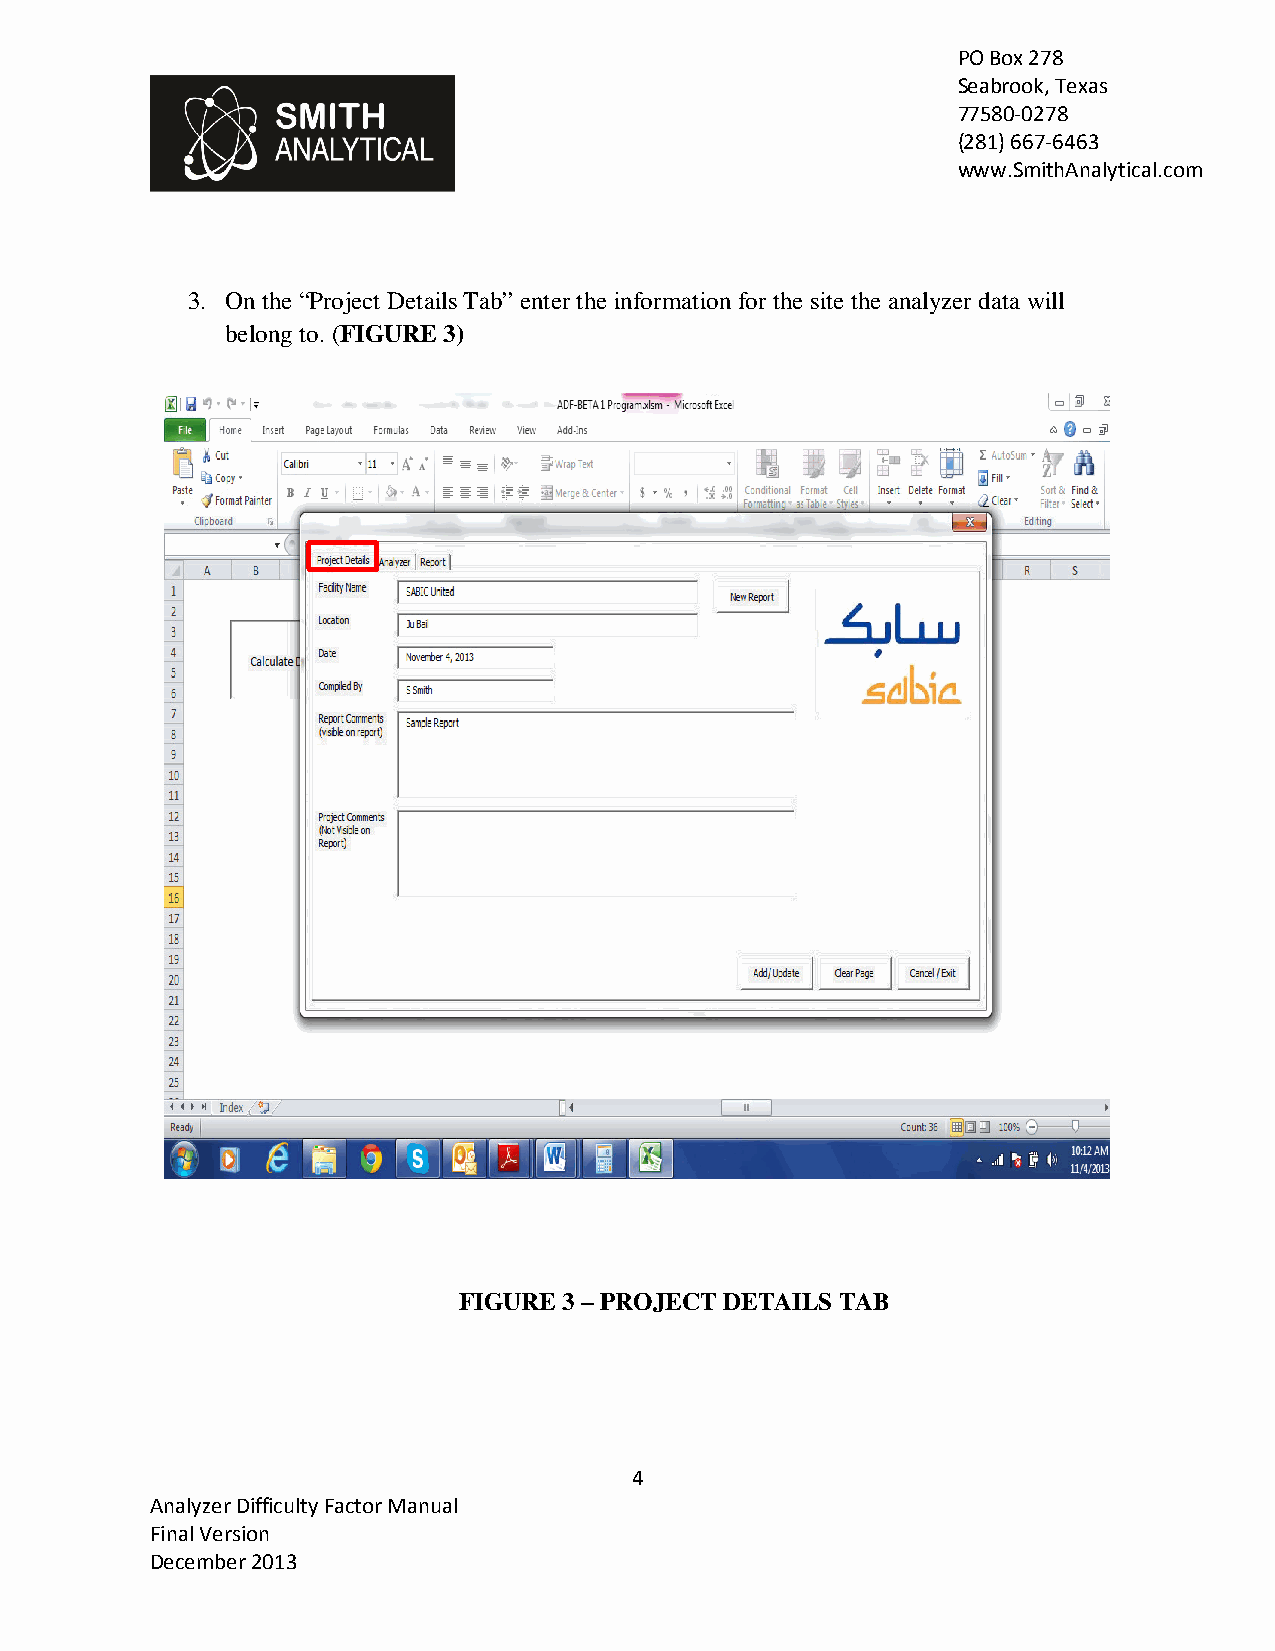
PO Box 278
 Seabrook, Texas
 77580-0278
 (281) 667-6463
 www.SmithAnalytical.com
 3. On the “Project Details Tab” enter the information for the site the analyzer data will
 belong to. (FIGURE 3)
 FIGURE 3 – PROJECT DETAILS TAB
 4
 Analyzer Difficulty Factor Manual
 Final Version
 December 2013